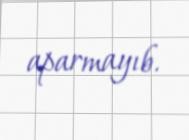
aparmayıb.